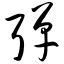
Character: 弹